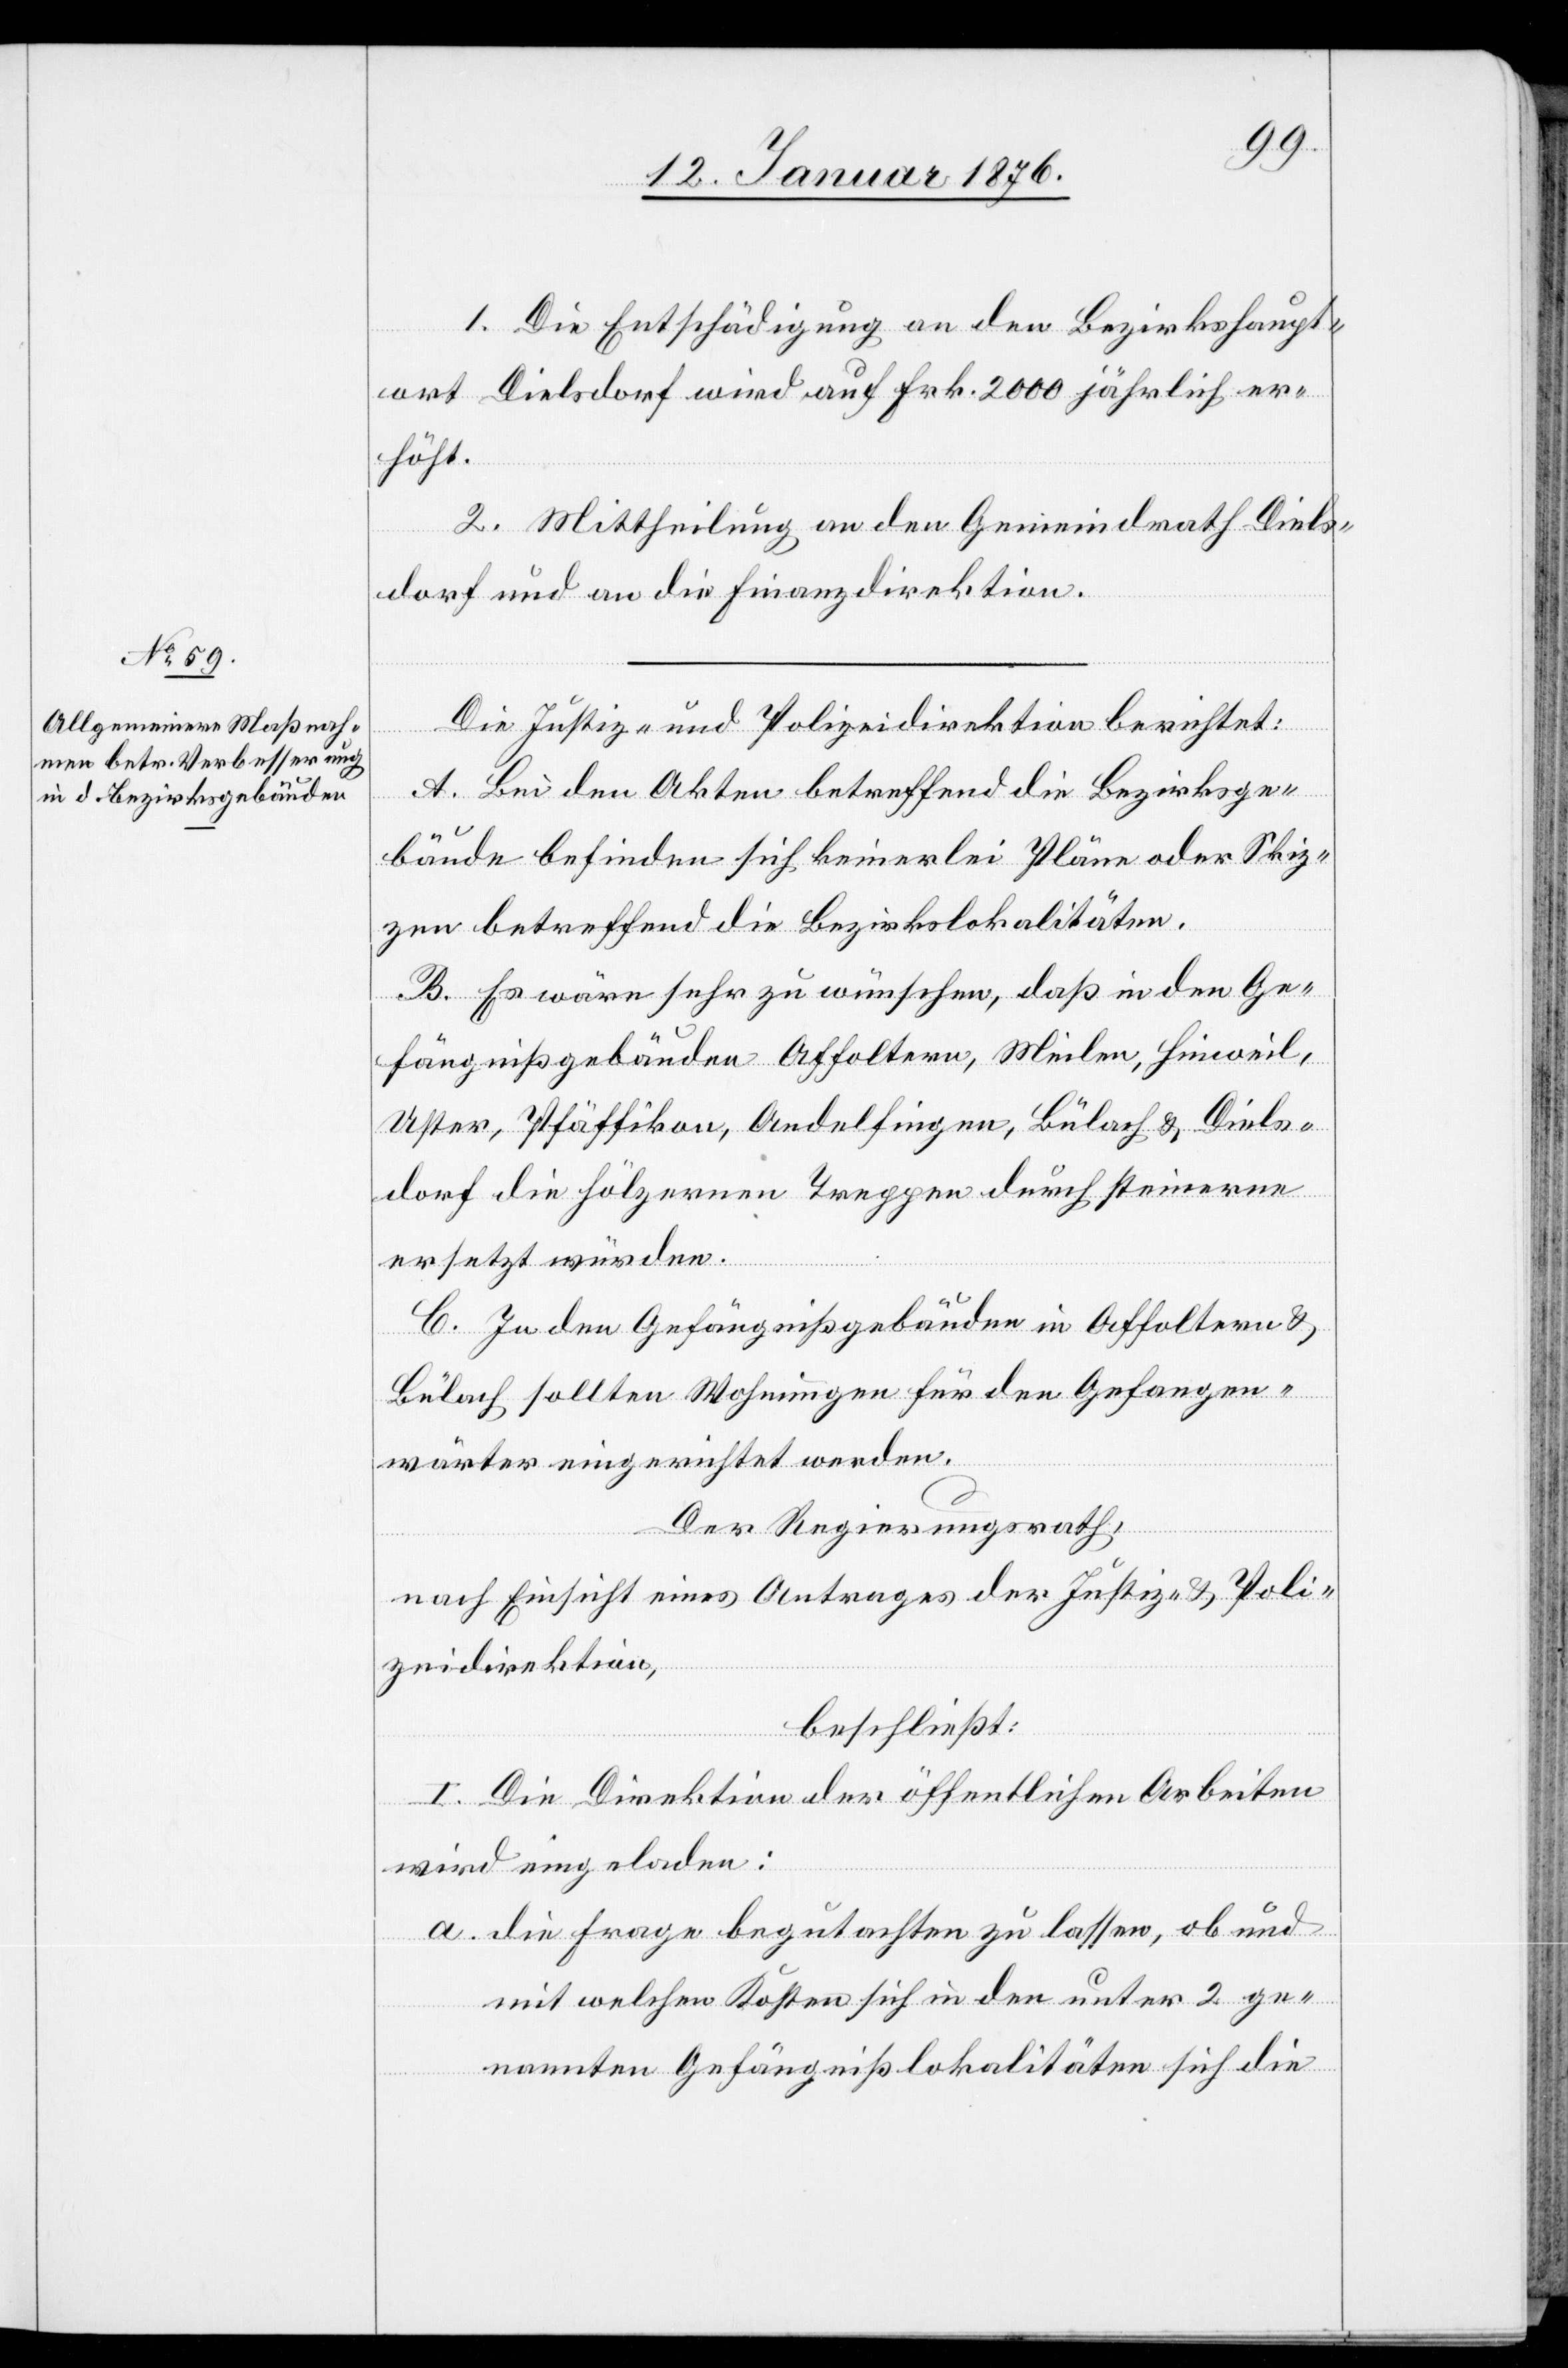
1. Die Entschädigung an den Bezirkshaupt¬
ort Dielsdorf wird auf Frk. 2000 jährlich er¬
höht.
2. Mittheilung an den Gemeindrath Diels¬
dorf und die Finanzdirektion.
die
Die Justiz- und Polizeidirektion berichtet:
A. Bei den Akten betreffend die Bezirksge¬
bäude befinden sich keinerlei Pläne oder Skiz¬
zen betreffend die Bezirkslokalitäten.
B. Es wäre sehr zu wünschen, daß in den Ge¬
fängnißgebäuden Affoltern, Meilen, Hinweil,
Uster, Pfäffikon, Andelfingen, Bülach u. Diels¬
dorf die hölzernen Treppen durch steinerne
ersetzt würden.
C. In den Gefängnißgebäuden in Affoltern u.
Bülach sollten Wohnungen für den Gefangen¬
wärter eingerichtet werden.
Der Regierungsrath,
nach Einsicht eines Antrages der Justiz- u. Poli¬
zeidirektion,
beschließt:
I. Die Direktion der öffentlichen Arbeiten
wird eingeladen:
die Frage begutachten zu lassen, ob und
mit welchen Kosten sich in den unter 2 ge¬
nannten Gefängnißlokalitäten sich [si¬